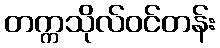
တက္ကသိုလ်ဝင်တန်း